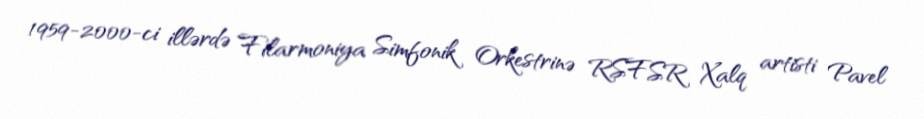
1959-2000-ci illərdə Filarmoniya Simfonik Orkestrinə RSFSR Xalq artisti Pavel